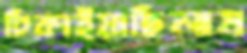
ঢিকাইয়াছিলাম